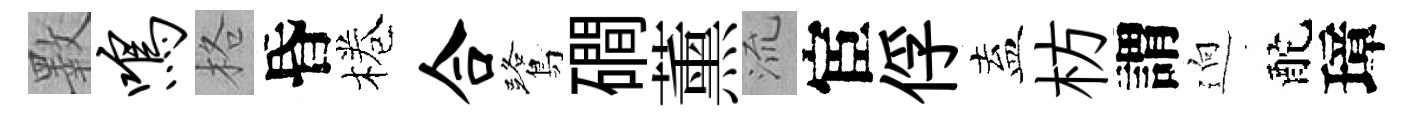
斁鸣格昏棬合鷺磵薰𣴑宦俘盍枋謂逈酡璋